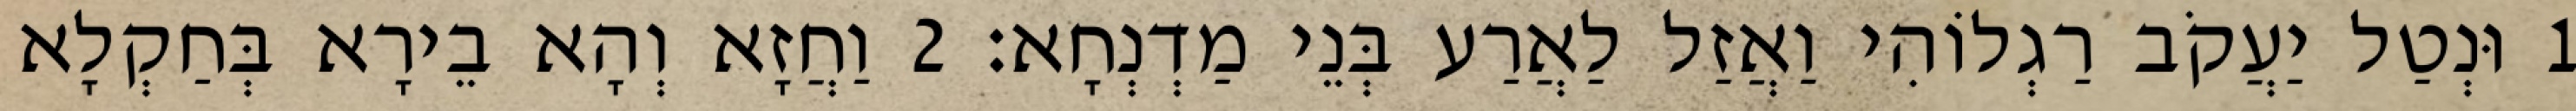
1 וּנְטַל יַעֲקֹב רַגְלוֹהִי וַאֲזַל לַאֲרַע בְּנֵי מַדְנְחָא׃ 2 וַחֲזָא וְהָא בֵירָא בְּחַקְלָא